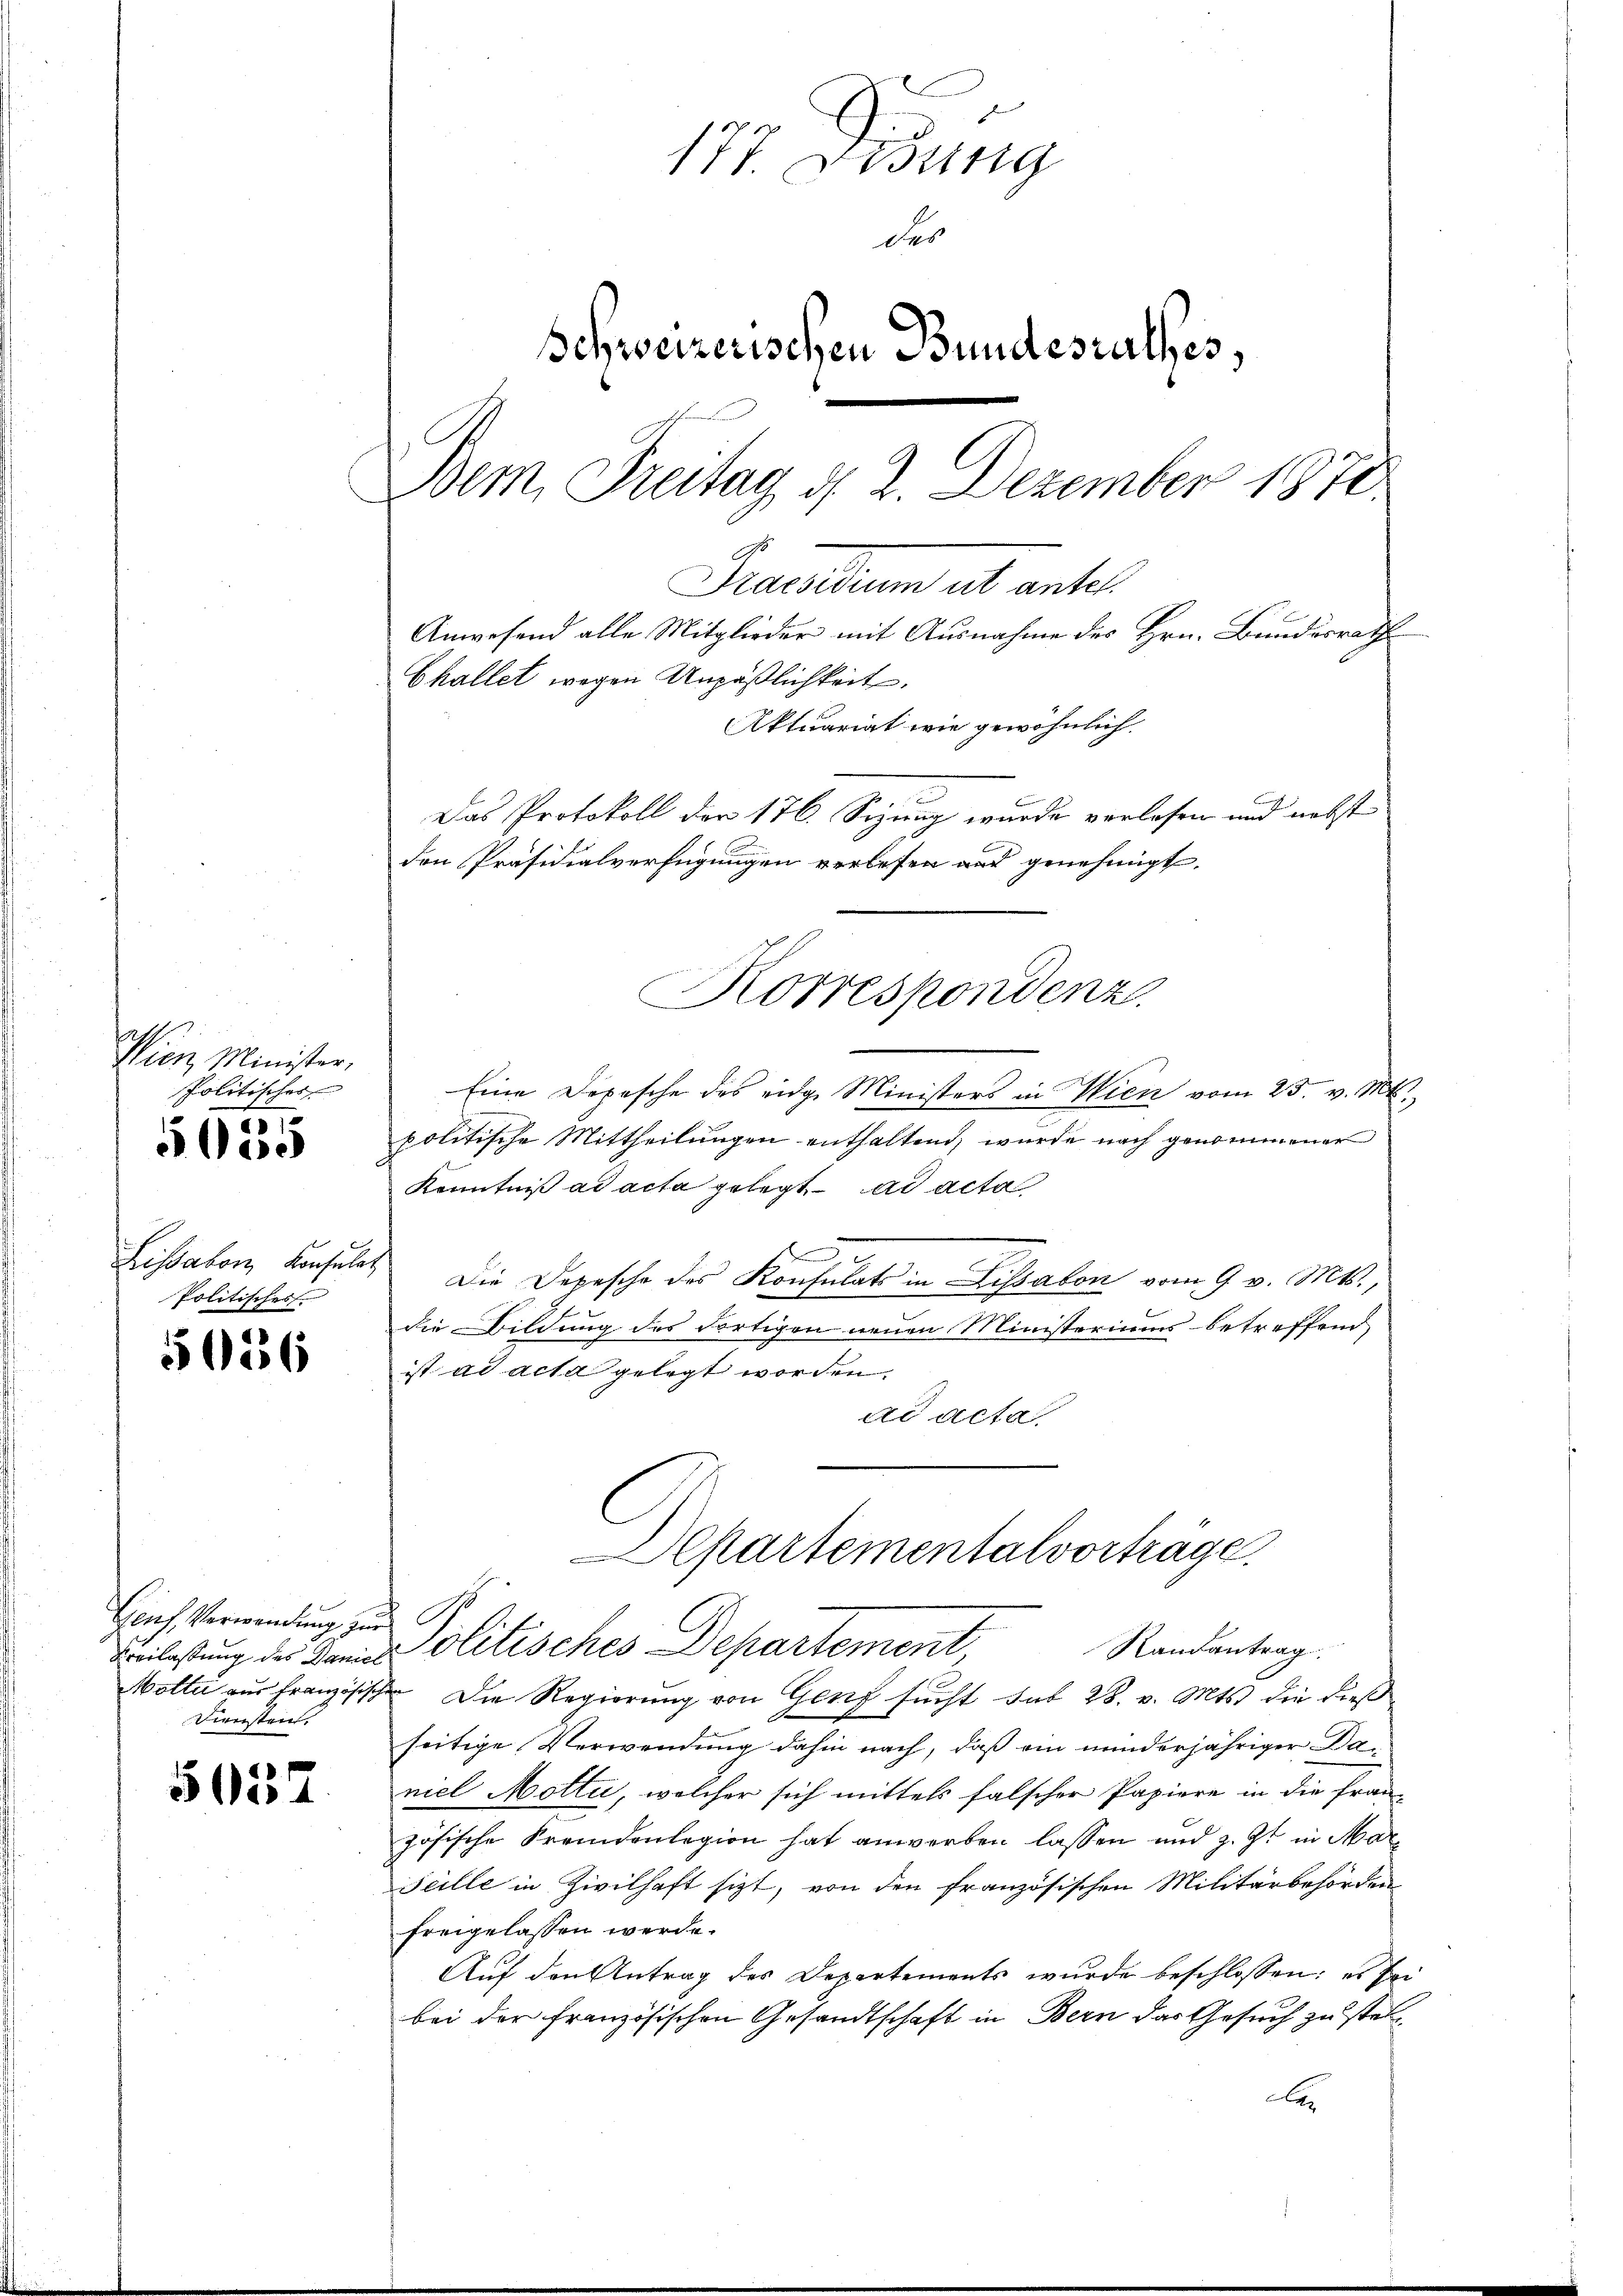
Wien Minister,
Politisches
61
5e

Lissabon Konsuls
Politisches

5056

Genf, Verwendung zur
Diensten.

5037

177. Dirung
des
Schweizerischen Bundesrathes,
Dem Freitag d. 2. Dezember 1870.
Precarium et artet.
Anwesend alle Mitglieder mit Ausnahme des Hrn. Bundesrath
Challet wegen Unpäßlichkeit.
Aktuariat wie gewöhnlich
Das Protokoll der 176. Sizung wurde verlesen und nebst

den Präsidialverfügungen verlesen auf genehmigt.
Korrespondenz.

Eine Depesche des eidge Ministers in Wien vom 25. v. Mts.
politische Mittheilungen enthaltend, wurde nach genommener
Kenntniß ad acta gelegt ad acta
 Die Depesche des Konsulats in Lissalon vom 9. v. Mts.,
die Bildung des Fortigen neuen Ministeriums betreffend
ist ad acta gelegt worden.
ad acta,
Departementalvorträge.
Randantrag
Beilassung der Kamisolitisches Departement
Motter aus französischen Die Regierung von Genf sucht sub 28. v. Mts. die dießseitige Verwendung dahin nach, daß ein minderjähriger Daniel Mottu, welcher sich mittels falscher Papiere in die französische Fremdenlegion hat anwerben lassen und z. Zt. in Mar
Fülle in Zivilhaft sizt, von den französischen Militärbehörden
freigelassen werde.
Auf den Antrag des Departements wurde beschlossen: es sei
bei der französischen Gesandtschaft in Bern das Gesuch zu stel¬
A